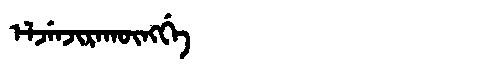
Manchu: ᡝᠯᠵᡝᠨᠵᡳᡵᠠᡴᡡᠩᡤᡝ
Romanization: ELJENJIRAKŪNGGE